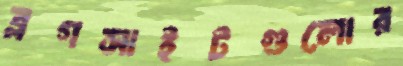
ব্লগসাইটগুলোর